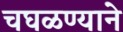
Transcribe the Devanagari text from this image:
चघळण्याने